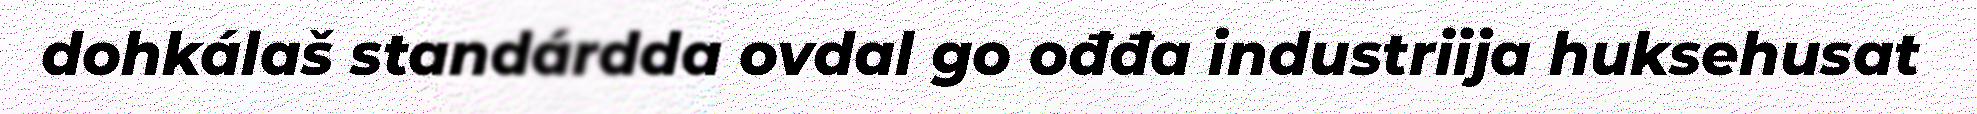
dohkálaš standárdda ovdal go ođđa industriija huksehusat